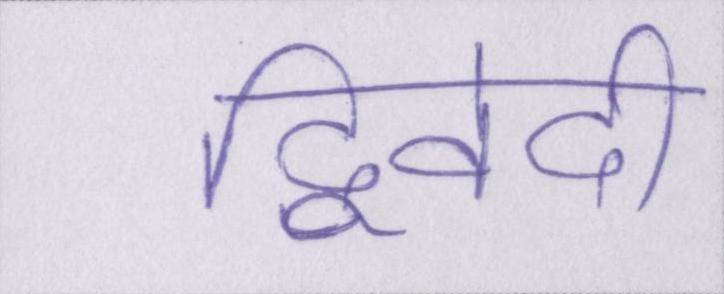
द्विवेदी